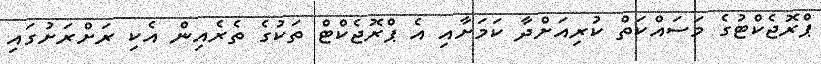
ޕްރޮޖެކްޓުގެ މަސައްކަތް ކުރިއަށްދާ ކަމަށާއި އެ ޕްރޮޖެކްޓް ތަކުގެ ތެރެއިން އެކި ރަށްރަށުގައި